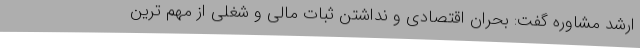
ارشد مشاوره گفت: بحران اقتصادی و نداشتن ثبات مالی و شغلی از مهم ترین